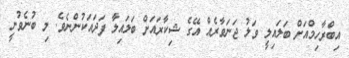
އިބްރާހިމްއަށް ބަލައިލީ ވަލު ޖަނަވާރެއް އޭގެ ޝިކާރައަށް ބަލައިލާ ފަދައަކުންނެވެ. މި ބުނެވުނީ